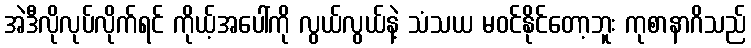
အဲဒီလိုလုပ်လိုက်ရင် ကိုယ့်အပေါ်ကို လွယ်လွယ်နဲ့ သံသယ မဝင်နိုင်တော့ဘူး ကုစာနာဂိသည်